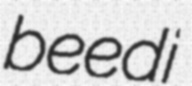
beedi